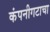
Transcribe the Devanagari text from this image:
कंपनीगटाचा